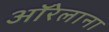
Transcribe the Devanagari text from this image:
ऑरेलाना